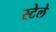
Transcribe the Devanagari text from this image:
स्टेले